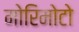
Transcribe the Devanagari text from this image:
मोरिमोटो